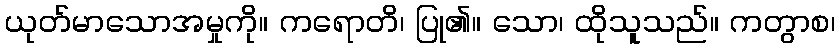
ယုတ်မာသောအမှုကို။ ကရောတိ၊ ပြု၏။ သော၊ ထိုသူသည်။ ကတွာစ၊